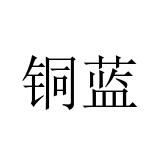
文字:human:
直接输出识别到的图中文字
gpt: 铜蓝